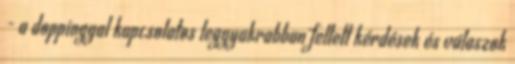
- a doppinggal kapcsolatos leggyakrabban feltett kérdések és válaszok